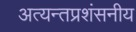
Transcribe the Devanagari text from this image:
अत्यन्तप्रशंसनीय